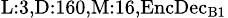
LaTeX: _{\textrm{L}:3,\textrm{D}:160,\textrm{M}:16,\textrm{EncDec}_{\textrm{B}1}}